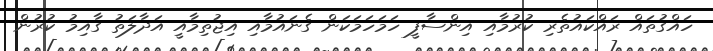
ހައްގުތައް ރައްކައުތެރި ކުރުމާއި އިންސާފީ ހަމަހަމަކަން ގެނައުމާއި އިޖުތިމާއީ އަދާލަތު ގާއިމު ކުރުން